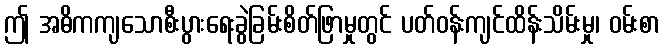
ဤ အဓိကကျသောစီးပွားရေးခွဲခြမ်းစိတ်ဖြာမှုတွင် ပတ်ဝန်းကျင်ထိန်းသိမ်းမှု၊ ဝမ်းစာ